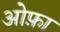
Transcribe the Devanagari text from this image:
ओफ़ा